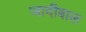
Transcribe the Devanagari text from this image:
जादीबाल